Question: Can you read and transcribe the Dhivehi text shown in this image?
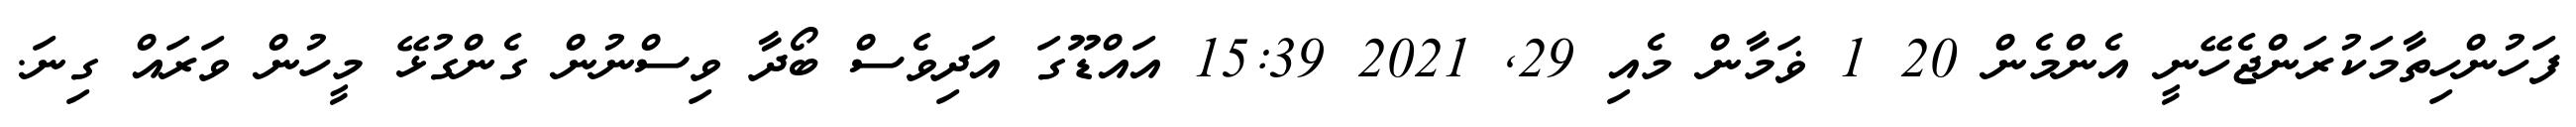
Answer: ފަހުންހިތާމަކުރަންޖެހޭނީ އެންމެން 20 1 ޥަމާން މެއި 29, 2021 15:39 އައްޑޫގަ އަދިވެސް ބޯދާ ވިސްނުން ގެންގުޅޭ މީހުން ވަރައް ގިނަ.